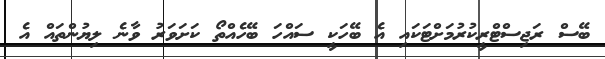
ބޭސް ރަޖިސްޓްރީކުރުމަށްޓަކައި އެ ބޭހަކީ ސައްހަ ބޭހެއްތޯ ކަށަވަރު ވާނެ ލިޔުންތައް އެ